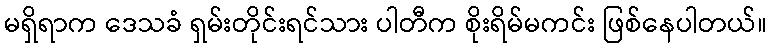
မရှိရာက ဒေသခံ ရှမ်းတိုင်းရင်သား ပါတီက စိုးရိမ်မကင်း ဖြစ်နေပါတယ်။